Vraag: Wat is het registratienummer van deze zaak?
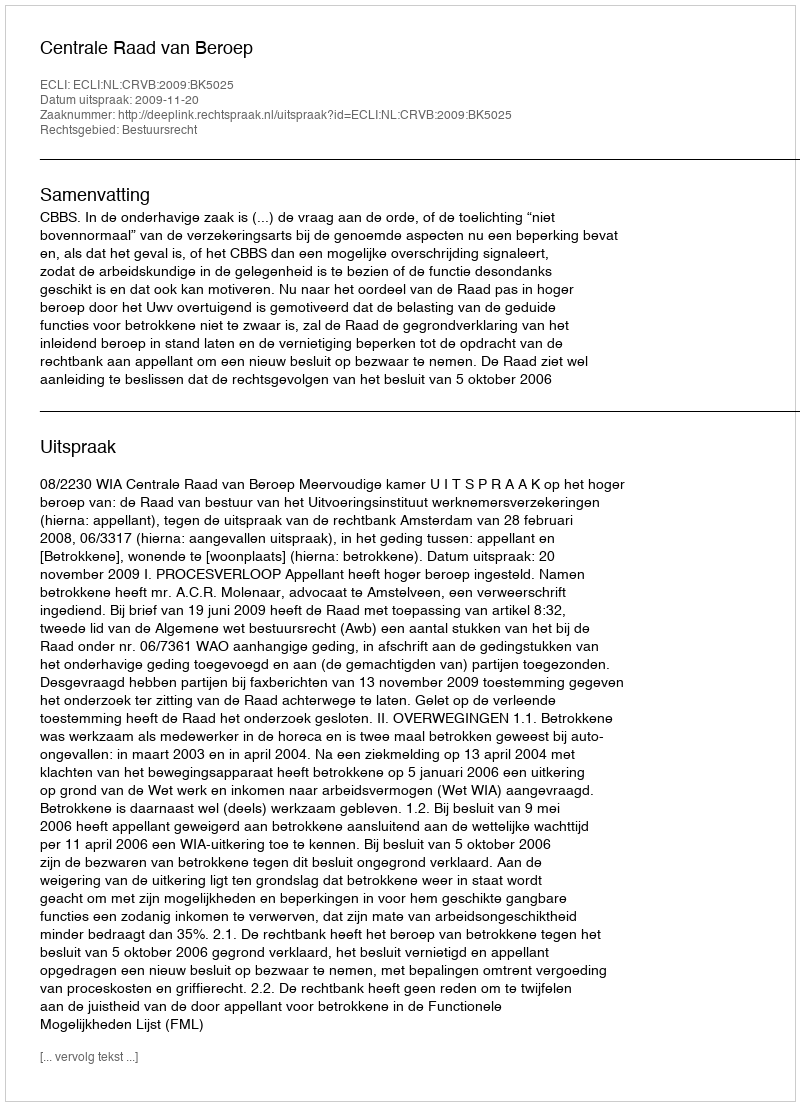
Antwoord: http://deeplink.rechtspraak.nl/uitspraak?id=ECLI:NL:CRVB:2009:BK5025